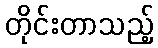
တိုင်းတာသည့်